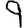
Digit: 9